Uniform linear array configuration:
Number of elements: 12
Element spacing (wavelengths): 0.25
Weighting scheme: blackman
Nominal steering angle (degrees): -30
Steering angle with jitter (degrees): -28.014
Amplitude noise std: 0.05
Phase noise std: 0.05

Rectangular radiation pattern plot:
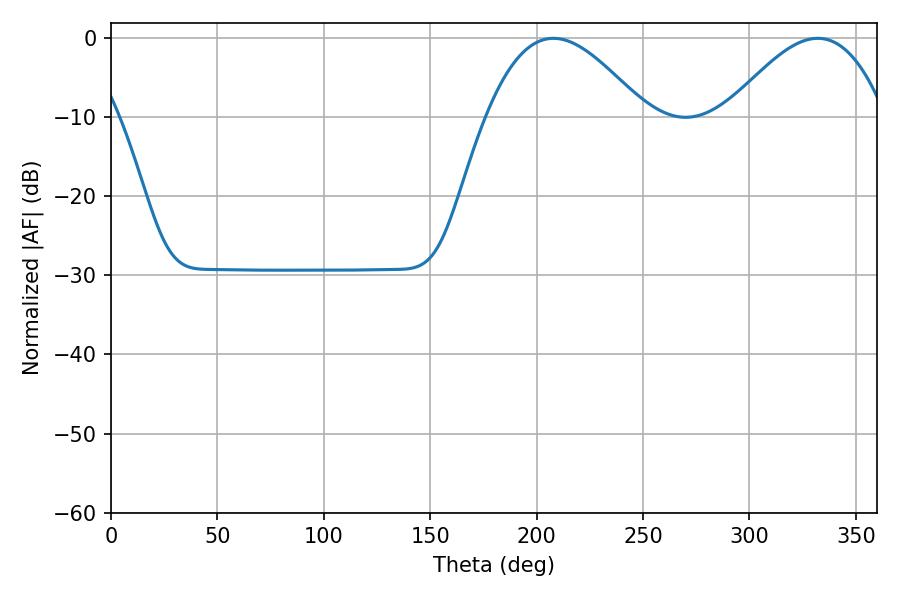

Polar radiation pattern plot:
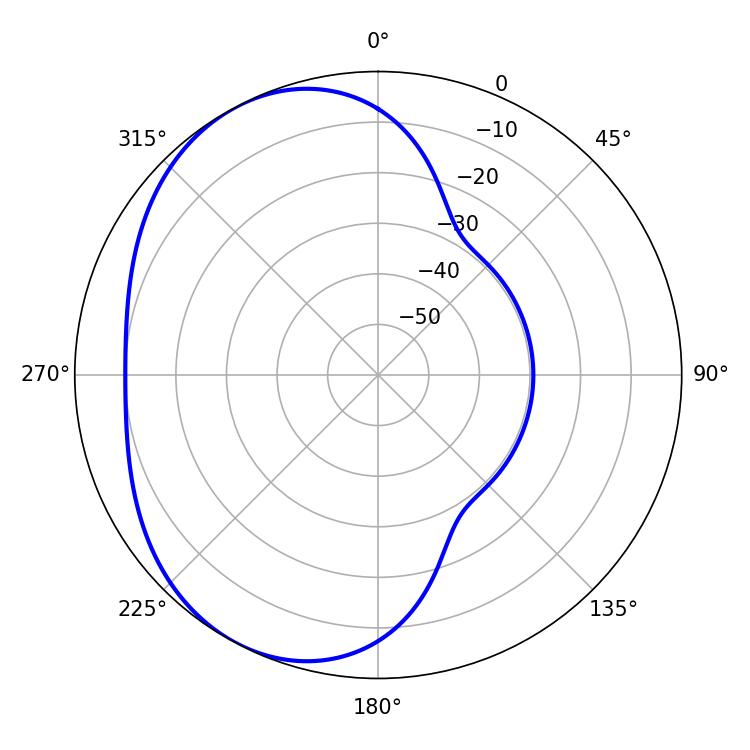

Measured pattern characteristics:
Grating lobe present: FALSE
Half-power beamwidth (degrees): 40.32
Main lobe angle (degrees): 207.9